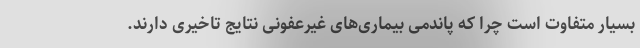
بسیار متفاوت است چرا که پاندمی بیماری‌های غیرعفونی نتایج تاخیری دارند.